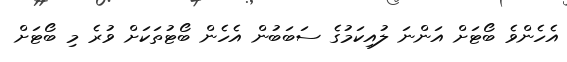
އެހެންވެ ބޯޓަށް އަންނަ ލުއިކަމުގެ ސަބަބުން އެހެން ބޯޓުތަކަށް ވުރެ މި ބޯޓަށް